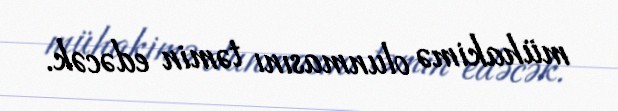
mühakimə olunmasını təmin edəcək.